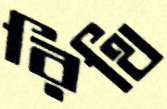
রিথি